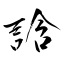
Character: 誝